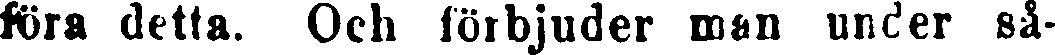
föra detta. Och förbjuder man under så-